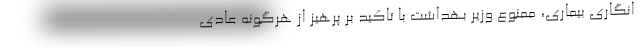
انگاری بیماری، ممنوع وزیر بهداشت با تاکید بر پرهیز از هرگونه عادی